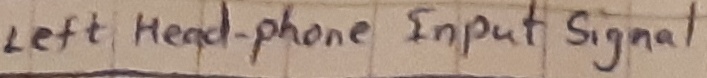
Text: Left headphone-Input signal